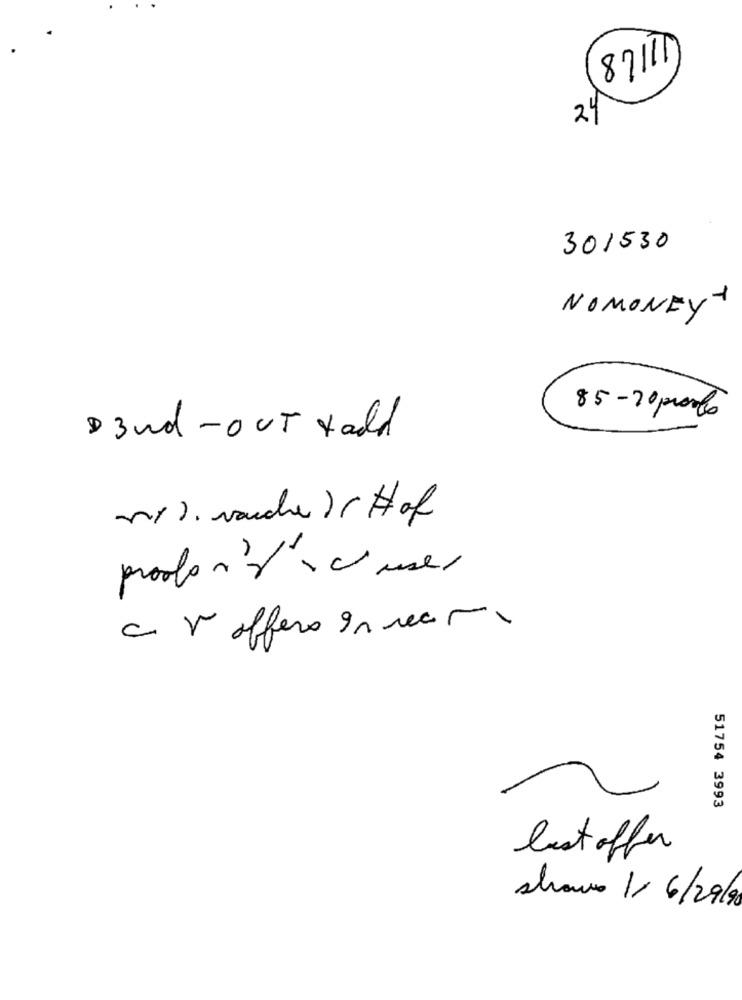
87111
24
301530
NOMONEY
85- 20 posts
D3wd-OUT told
nº ). varche ) Hof
prodont aci user
c V offers 91 recre
51754 3993
best offer
shave 1/ 6/29/90